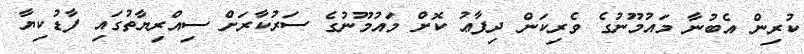
ކުރިން އެބުނާ މައުމޫނުގެ ވެރިކަން ދިފާޢު ކޮށް މައުމޫނުގެ ސަރުކާރަށް ސިއްރިޔާތުގައި ފާޑުކިޔާ